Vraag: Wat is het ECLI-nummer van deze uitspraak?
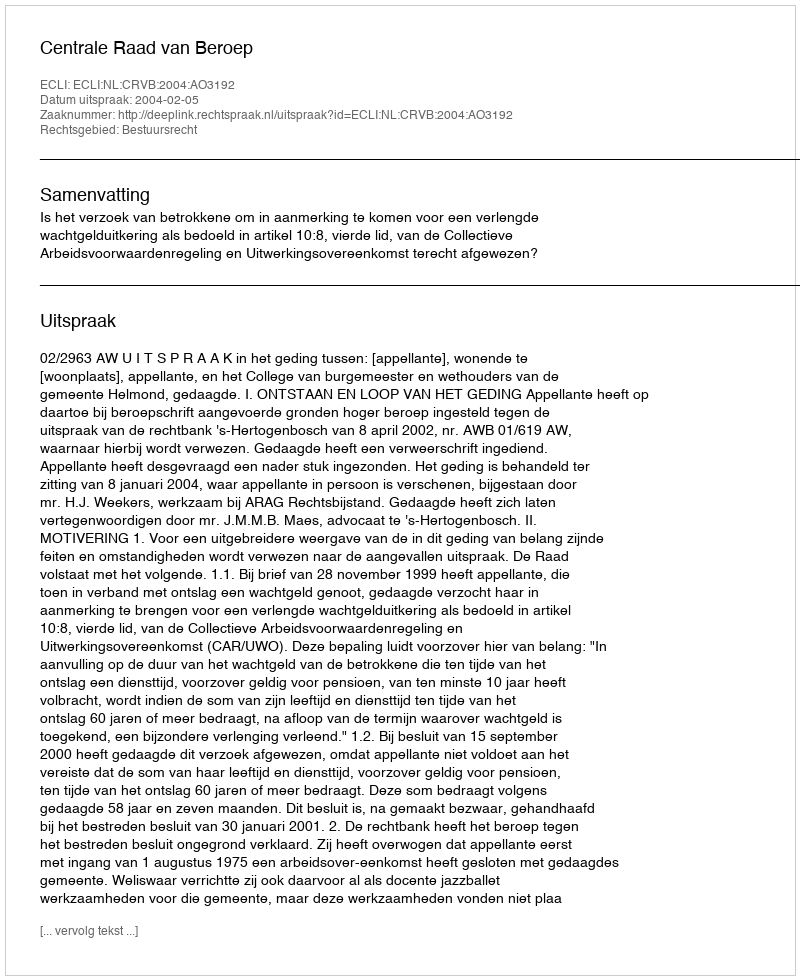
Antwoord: ECLI:NL:CRVB:2004:AO3192